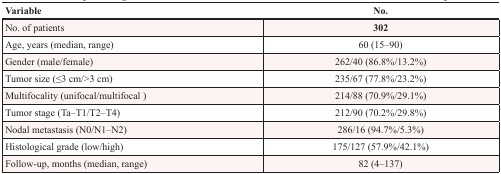
| Variable | No. |
 | --- | --- |
 | No. of patients | 302 |
 | Age, years (median, range) | 60 (15–90) |
 | Gender (male/female) | 262/40 (86.8%/13.2%) |
 | Tumor size (≤3 cm/>3 cm) | 235/67 (77.8%/23.2%) |
 | Multifocality (unifocal/multifocal ) | 214/88 (70.9%/29.1%) |
 | Tumor stage (Ta–T1/T2–T4) | 212/90 (70.2%/29.8%) |
 | Nodal metastasis (N0/N1–N2) | 286/16 (94.7%/5.3%) |
 | Histological grade (low/high) | 175/127 (57.9%/42.1%) |
 | Follow-up, months (median, range) | 82 (4–137) |